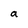
Character: a